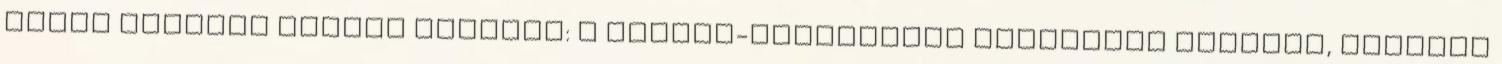
Pécsi Norbert Sándor közölte: a Nyugat-Dunántúlon mindenütt havazik, viharos